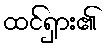
ထင်ရှား၏